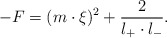
\begin{align*}-F=(m\cdot\xi)^2+\frac{2}{l_+ \cdot l_-}.\end{align*}